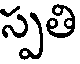
స్పతి